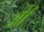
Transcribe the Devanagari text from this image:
ऑं